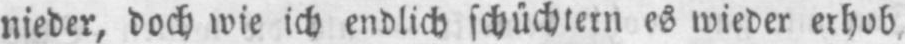
nieder, doch wie ich endlich schüchtern es wieder erhob